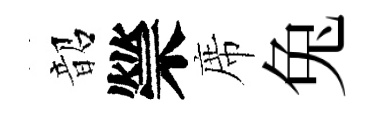
韶禜席兔